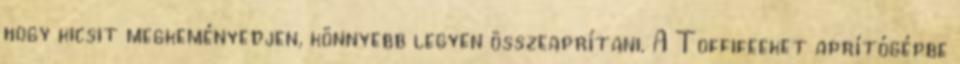
hogy kicsit megkeményedjen, könnyebb legyen összeaprítani. A Toffifeeket aprítógépbe